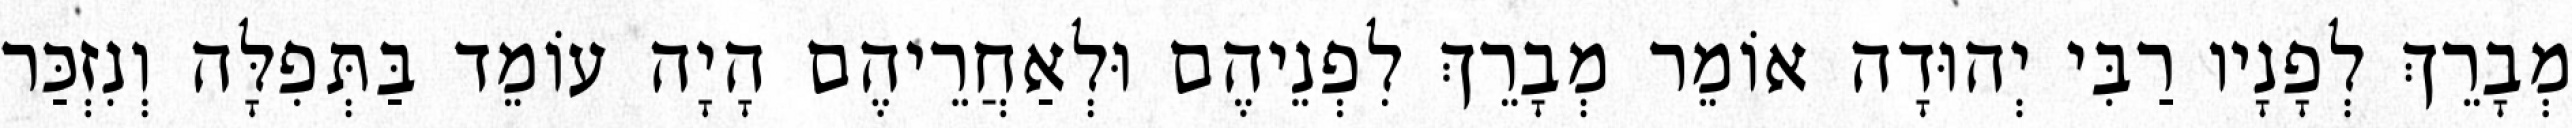
מְבָרֵךְ לְפָנָיו רַבִּי יְהוּדָה אוֹמֵר מְבָרֵךְ לִפְנֵיהֶם וּלְאַחֲרֵיהֶם הָיָה עוֹמֵד בַּתְּפִלָּה וְנִזְכַּר